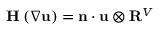
\mathbf { H } \left( \nabla \mathbf { u } \right) = \mathbf { n } \cdot \mathbf { u } \otimes \mathbf { R } ^ { V }